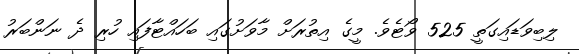
ލިބިވަޑައިގަތީ 525 ވޯޓެވެ. މީގެ އިތުރަށް މާވަށުގައި ބަހައްޓާފައި ހުރި ދެ ނަންބަރު